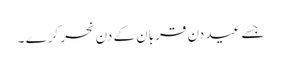
جسے عید دن قربان کے دن نحر کرے ۔